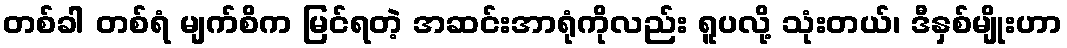
တစ်ခါ တစ်ရံ မျက်စိက မြင်ရတဲ့ အဆင်းအာရုံကိုလည်း ရူပလို့ သုံးတယ်၊ ဒီနှစ်မျိုးဟာ